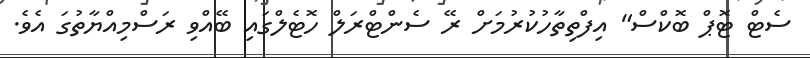
ސެޓް ޓޮޕް ބޮކްސް" އިފްތިތާހުކުރުމަށް ރޭ ސެންޓްރަލް ހޮޓެލްގައި ބޭއްވި ރަސްމިއްޔާތުގަ އެވެ.